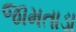
જામતાડા